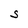
Character: S